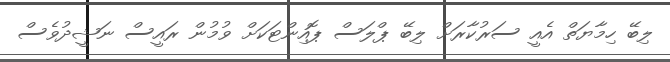
ލިބޭ ހިމާޔަތް އެއީ ސަރުކާރަށް ލިބޭ ޕްލަސް ޕޮއިންޓަކަށް ވުމުން ރައީސް ނަޝީދުވެސް